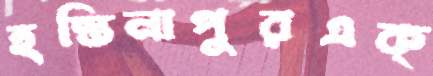
হস্তিনাপুরএক্